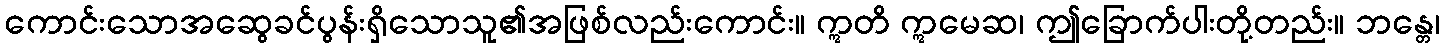
ကောင်းသောအဆွေခင်ပွန်းရှိသောသူ၏အဖြစ်လည်းကောင်း။ ဣတိ ဣမေဆ၊ ဤခြောက်ပါးတို့တည်း။ ဘန္တေ၊